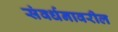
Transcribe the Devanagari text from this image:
संवर्धनावरील